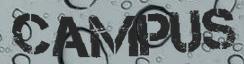
CAMPUS